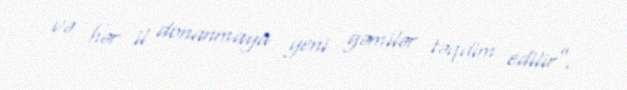
və hər il donanmaya yeni gəmilər təqdim edilir”.